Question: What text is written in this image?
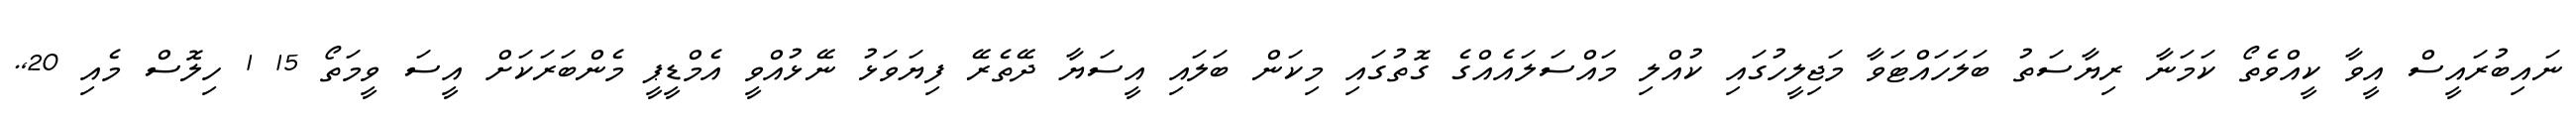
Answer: ނައިބުރައީސް އީވާ ކީއްވެތޯ ކަމަނާ ރިޔާސަތު ބަލަހައްޓަވާ މަޖިލީހުގައި ކުއްލި މައްސަލައެއްގެ ގޮތުގައި މިކަން ބަލައި އީސަޔާ ދޭތެރޭ ފިޔަވަޅު ނޭޅުއްވީ އެމްޑީޕީ މެންބަރަކަށް އީސަ ވީމަތޯ 15 1 ހިލޮސް މެއި 20,.